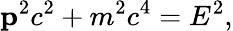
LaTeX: \mathbf{p}^{2}c^{2}+m^{2}c^{4}=E^{2},